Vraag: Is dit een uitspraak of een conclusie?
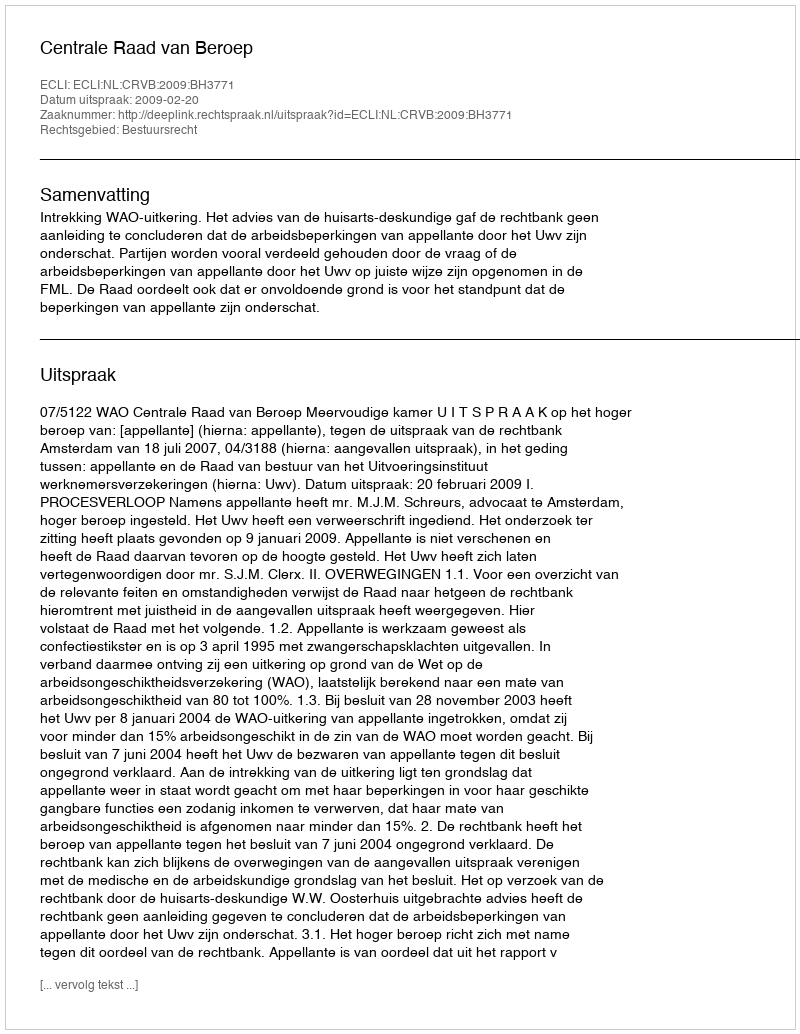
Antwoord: Uitspraak